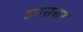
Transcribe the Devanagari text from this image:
उनसत्तर